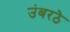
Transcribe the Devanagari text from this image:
उंबरठे